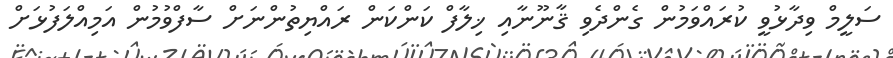
ސަލީމް ވިދާޅުވީ ކުރައްވަމުން ގެންދެވި ޤާނޫނާއި ޚިލާފް ކަންކަން ރައްޔިތުންނަށް ސާފްވުމުން އަމިއްލަފުޅަށް